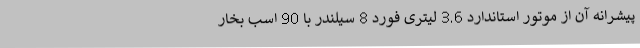
پیشرانه آن از موتور استاندارد 3.6 لیتری فورد 8 سیلندر با 90 اسب بخار